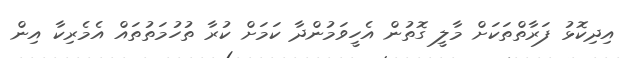
އިދިކޮޅު ފަރާތްތަކަށް މާލީ ގޮތުން އެހީވަމުންދާ ކަމަށް ކުރާ ތުހުމަތުތައް އެމެރިކާ އިން